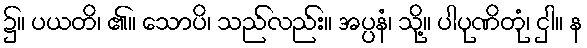
၌။ ပယတိ၊ ၏။ သောပိ၊ သည်လည်း။ အပ္ပနံ၊ သို့။ ပါပုဏိတုံ၊ ငှါ။ န